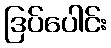
ဒြပ်ပေါင်း